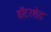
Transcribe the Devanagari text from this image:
वॉटरशेड